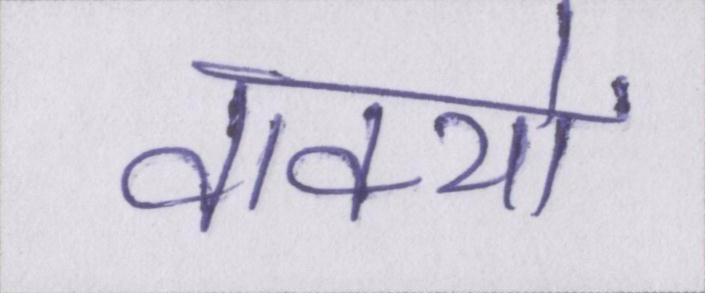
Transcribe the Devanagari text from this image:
वाक्यों